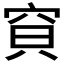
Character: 𱶺